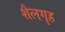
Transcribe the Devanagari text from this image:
शैलगृह